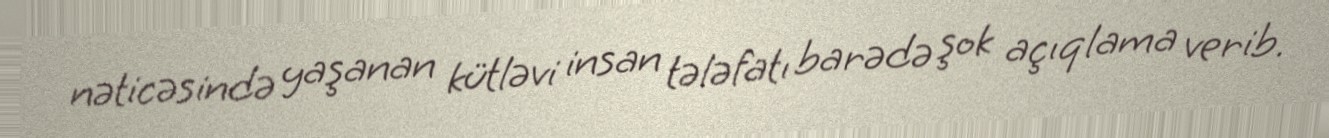
nəticəsində yaşanan kütləvi insan tələfatı barədə şok açıqlama verib.